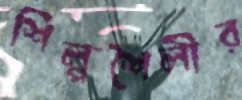
শিল্পশৈলীর